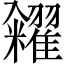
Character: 糴